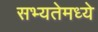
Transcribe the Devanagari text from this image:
सभ्यतेमध्ये